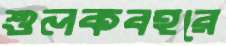
শুলকবহরে